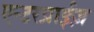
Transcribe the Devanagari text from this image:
एन्टरप्राईज़